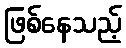
ဖြစ်နေသည့်